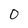
Character: O